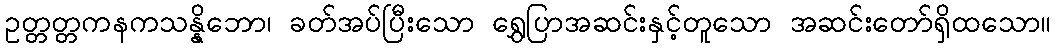
ဥတ္တတ္တကနကသန္နိဘော၊ ခတ်အပ်ပြီးသော ရွှေပြာအဆင်းနှင့်တူသော အဆင်းတော်ရှိထသော။